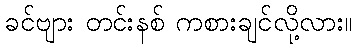
ခင်ဗျား တင်းနစ် ကစားချင်လို့လား။